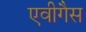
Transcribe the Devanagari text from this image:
एवीगैस